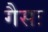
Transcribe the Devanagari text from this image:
गैसः